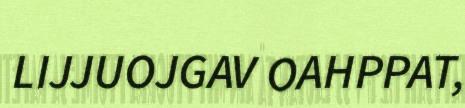
LIJJUOJGAV OAHPPAT,